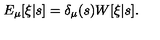
E _ { \mu } [ \xi | s ] = \delta _ { \mu } ( s ) W [ \xi | s ] .